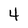
Character: 4